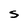
Character: S